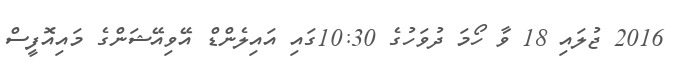
2016 ޖުލައި 18 ވާ ހޯމަ ދުވަހުގެ 10:30ގައި އައިލެންޑް އޭވިއޭޝަންގެ މައިއޮފީސް